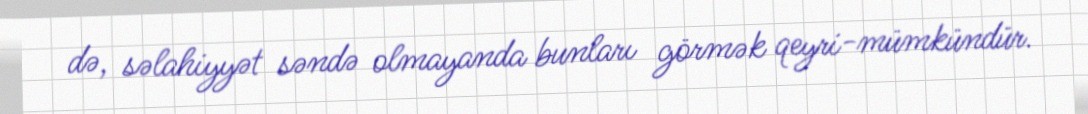
də, səlahiyyət səndə olmayanda bunları görmək qeyri-mümkündür.